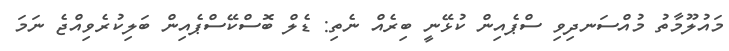
މައުލޫމާތު މުއްސަނދިވި ސްޕެއިން ކުޅޭނީ ބިރެއް ނެތި: ޑެލް ބޮސްކޭސްޕެއިން ބަލިކުރެވިއްޖެ ނަމަ